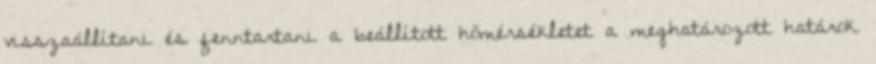
visszaállítani és fenntartani a beállított hõmérsékletet a meghatározott határok